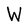
Character: W